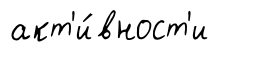
акт'и́вност'и